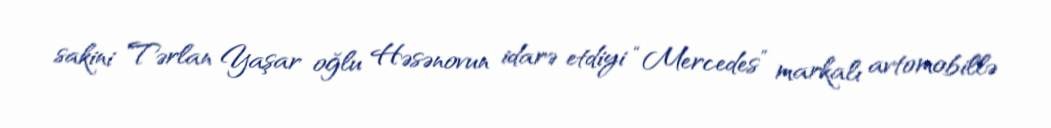
sakini Tərlan Yaşar oğlu Həsənovun idarə etdiyi “Mercedes” markalı avtomobillə